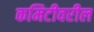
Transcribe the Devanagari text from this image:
कमिटीवरील